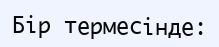
Бір термесінде: